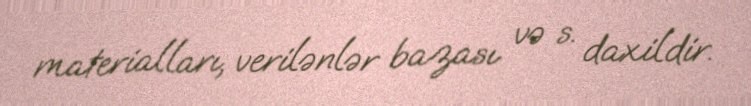
materialları, verilənlər bazası və s. daxildir.